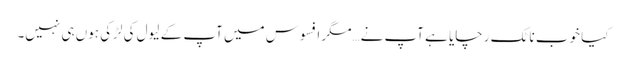
کیا خوب ناٹک رچایا ہے آپ نے…مگر افسوس میں آپ کے لیول کی لڑکی ہوں ہی نہیں۔